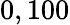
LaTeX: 0,100